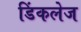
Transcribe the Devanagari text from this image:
डिंकलेज